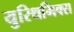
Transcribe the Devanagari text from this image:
युरिथमिक्स